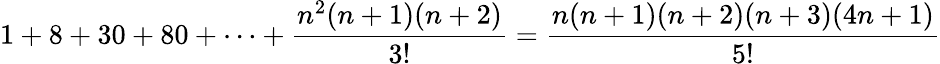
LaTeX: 1+8+30+80+\cdots+{\frac{n^{2}(n+1)(n+2)}{3!}}={\frac{n(n+1)(n+2)(n+3)(4n+1)}{5!}}